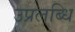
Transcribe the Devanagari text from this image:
उप्रलब्धि